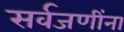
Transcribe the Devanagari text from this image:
सर्वजणींना